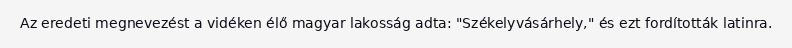
Az eredeti megnevezést a vidéken élő magyar lakosság adta: "Székelyvásárhely," és ezt fordították latinra.